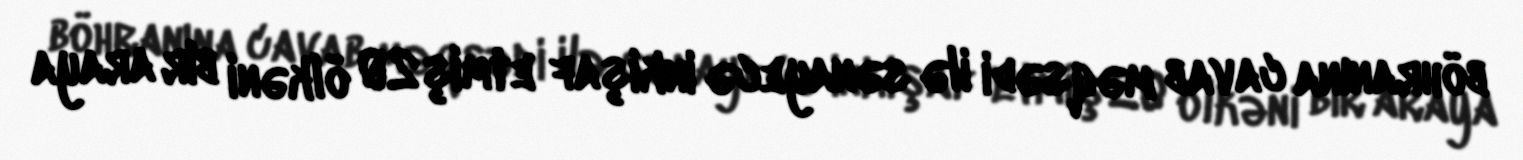
böhranına cavab məqsədi ilə sənayecə inkişaf etmiş 20 ölkəni bir araya